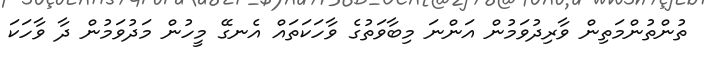
ތުންތުންމަތިން ވާރިދުވަމުން އަންނަ މިބާވަތުގެ ވާހަކަތައް އެނގޭ މީހުން މަދުވަމުން ދާ ވާހަކަ